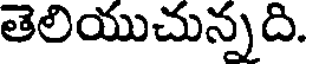
తెలియుచున్నది.